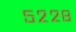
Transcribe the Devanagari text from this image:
५२२८